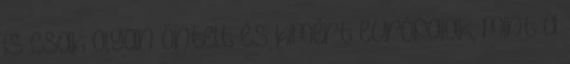
is csak olyan öntelt és kimért európaiak, mint a